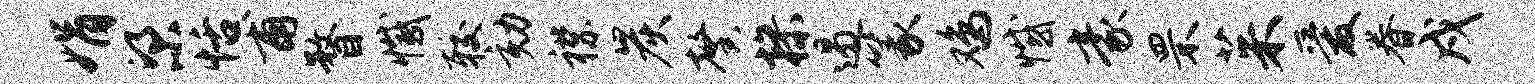
娟梁恬甫瞀撼较劾襟炭馨操遏篆鸡憾豪罘茱爱眷戍